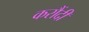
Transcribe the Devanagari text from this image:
करौंदी